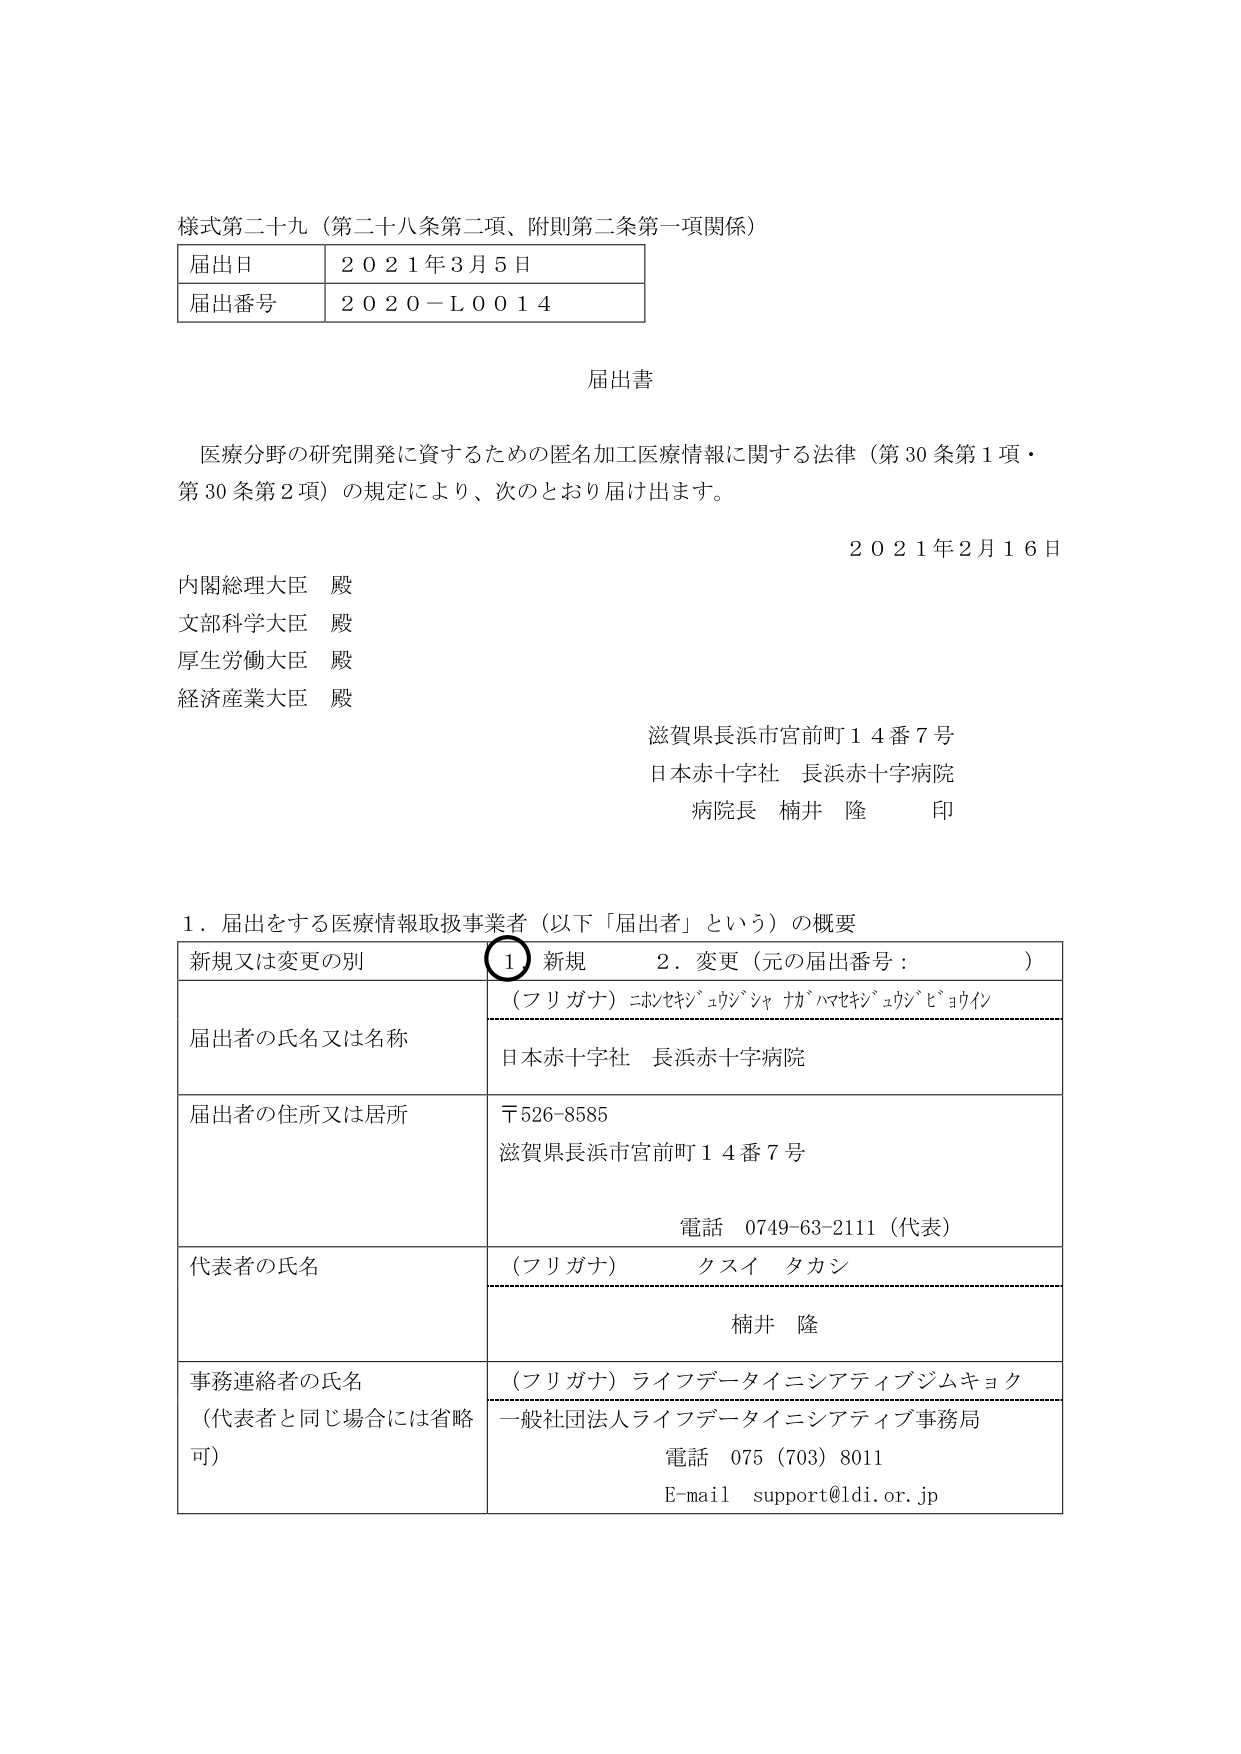
様式第二十九（第二十八条第二項、附則第二条第一項関係）

届出日　２０２１年３月５日
届出番号　２０２０－Ｌ００１４

届出書

医療分野の研究開発に資するための匿名加工医療情報に関する法律（第30条第1項・第30条第2項）の規定により、次のとおり届け出ます。

２０２１年２月１６日

内閣総理大臣　殿
文部科学大臣　殿
厚生労働大臣　殿
経済産業大臣　殿

滋賀県長浜市宮前町１４番７号
日本赤十字社　長浜赤十字病院
病院長　楠井　隆　印

１．届出をする医療情報取扱事業者（以下「届出者」という）の概要

| 新規又は変更の別 | ① 新規　　２．変更（元の届出番号：　　　　　　） |
|------------------|--------------------------------------------------|
| 届出者の氏名又は名称 | （フリガナ）ニホンセキジュウジシャ　ナガハマセキジュウジビョウイン<br>日本赤十字社　長浜赤十字病院 |
| 届出者の住所又は居所 | 〒526-8585<br>滋賀県長浜市宮前町１４番７号<br>電話　0749-63-2111（代表） |
| 代表者の氏名 | （フリガナ）　クスイ　タカシ<br>楠井　隆 |
| 事務連絡者の氏名<br>（代表者と同じ場合には省略可） | （フリガナ）ライフデータイニシアティブジムキョク<br>一般社団法人ライフデータイニシアティブ事務局<br>電話　075（703）8011<br>E-mail　support@ldi.or.jp |